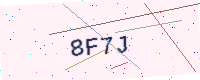
Text: 8F7J